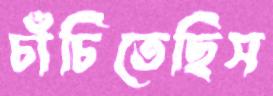
চাঁচিতেছিস